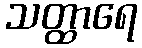
သတ္ထာရေ